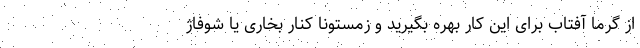
از گرما آفتاب برای این کار بهره بگیرید و زمستونا کنار بخاری یا شوفاژ